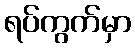
ရပ်ကွက်မှာ